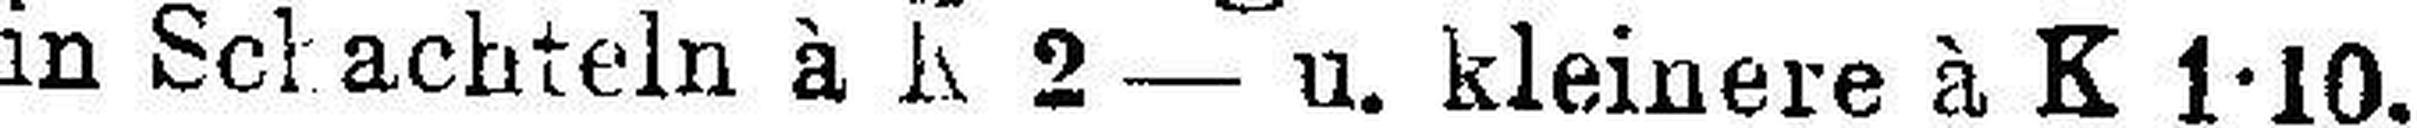
in Schachteln à K 2 — u. kleinere à K 1•10.